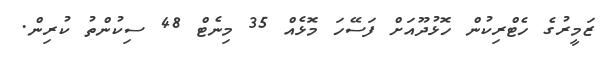
ޒަމީރުގެ ހެޓްރިކުން ހޮޅުދޫއަށް ފަސޭހަ މޮޅެއް 35 މިނެޓް 48 ސިކުންތު ކުރިން.